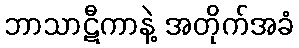
ဘာသာဋီကာနဲ့ အတိုက်အခံ